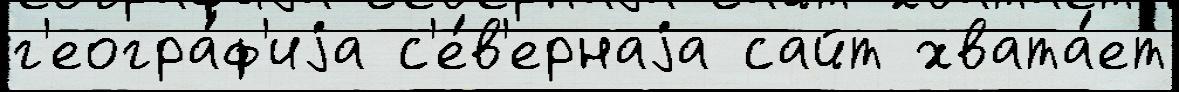
г'еогра́ф'иjа с'е́в'ернаjа сайт хвата́ет